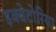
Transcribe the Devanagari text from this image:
इक्वेटोरिया